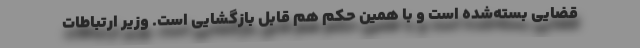
قضایی بسته‌شده است و با همین حکم هم قابل‌ بازگشایی است. وزیر ارتباطات